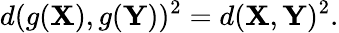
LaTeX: d(g(\mathbf{X}),g(\mathbf{Y}))^{2}=d(\mathbf{X},\mathbf{Y})^{2}.